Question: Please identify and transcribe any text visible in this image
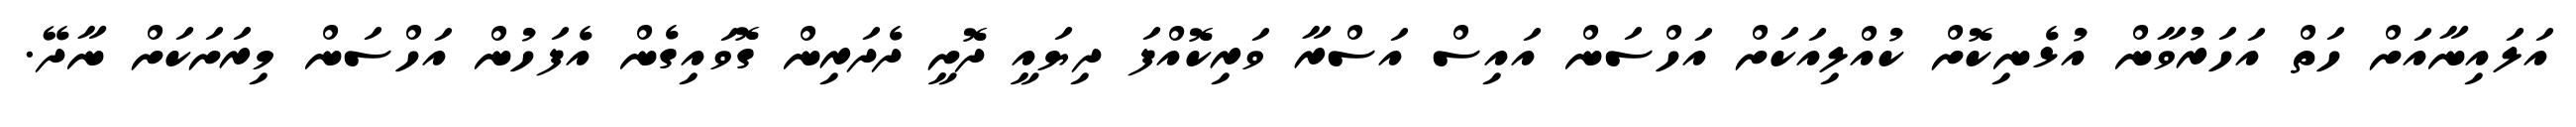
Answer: އަލައިނާއަށް ހަތް އަހަރުވާން އުޅެނިކޮށް ކުއްލިއަކަށް އަހްސަން އައިސް އަސްރާ ވަރިކޮއްފަ ދިޔައީ ދޮށީ ދެދަރިން ގޮވައިގެން އެފަހުން އަހްސަން މިރަށަކަށް ނާދޭ.